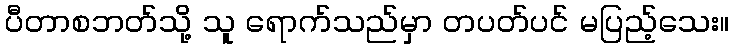
ပီတာစဘတ်သို့ သူ ရောက်သည်မှာ တပတ်ပင် မပြည့်သေး။